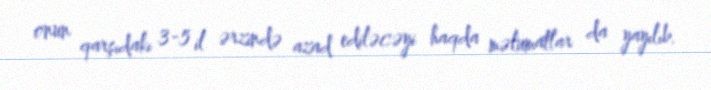
onun qarşıdakı 3-5 il ərzində azad ediləcəyi haqda məlumatlar da yayılıb.